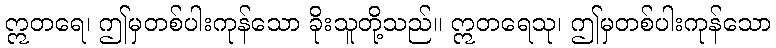
ဣတရေ၊ ဤမှတစ်ပါးကုန်သော ခိုးသူတို့သည်။ ဣတရေသု၊ ဤမှတစ်ပါးကုန်သော